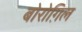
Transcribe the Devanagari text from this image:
बोरोग़िल